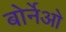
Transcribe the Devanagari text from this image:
बोर्नेओ